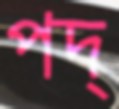
পদ্